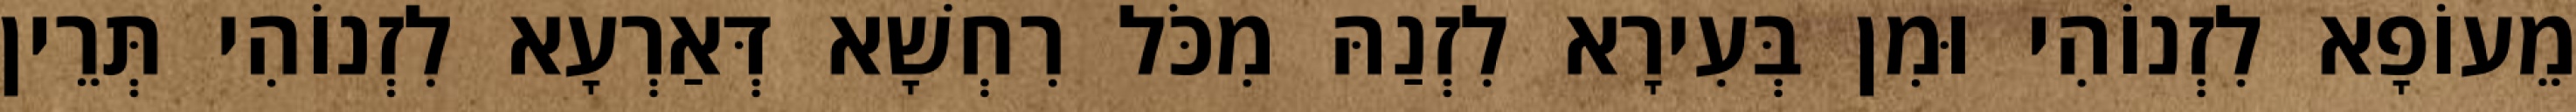
מֵעוֹפָא לִזְנוֹהִי וּמִן בְּעִירָא לִזְנַהּ מִכֹּל רִחְשָׁא דְּאַרְעָא לִזְנוֹהִי תְּרֵין